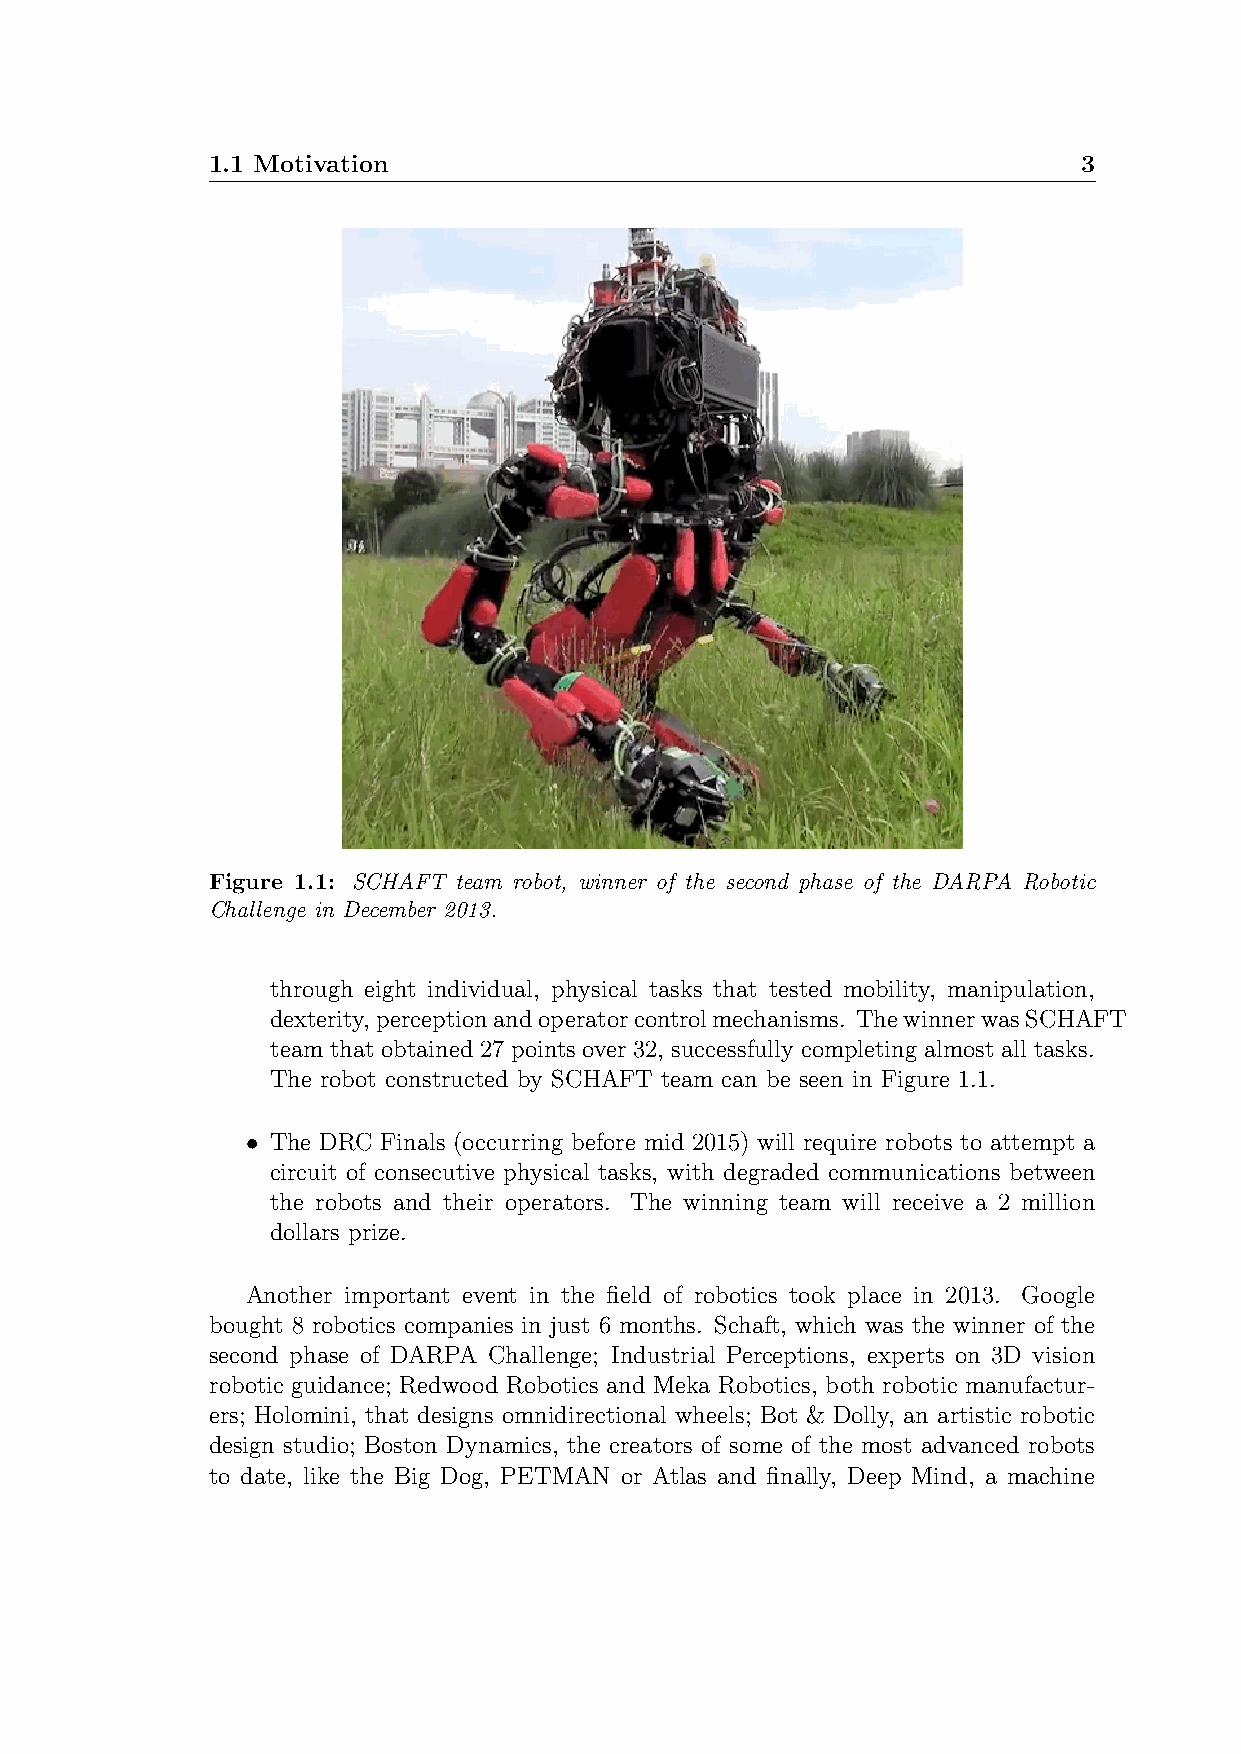
1.1 Motivation                                            3
 Figure 1.1: SCHAFT team robot, winner of the second phase of the DARPA Robotic
 Challenge in December 2013.
 through eight individual, physical tasks that tested mobility, manipulation,
 dexterity,perceptionandoperatorcontrolmechanisms. ThewinnerwasSCHAFT
 team that obtained 27 points over 32, successfully completing almost all tasks.
 The robot constructed by SCHAFT team can be seen in Figure 1.1.
 • The DRC Finals (occurring before mid 2015) will require robots to attempt a
 circuit of consecutive physical tasks, with degraded communications between
 the robots and their operators. The winning team will receive a 2 million
 dollars prize.
 Another important event in the field of robotics took place in 2013. Google
 bought 8 robotics companies in just 6 months. Schaft, which was the winner of the
 second phase of DARPA Challenge; Industrial Perceptions, experts on 3D vision
 robotic guidance; Redwood Robotics and Meka Robotics, both robotic manufactur-
 ers; Holomini, that designs omnidirectional wheels; Bot & Dolly, an artistic robotic
 design studio; Boston Dynamics, the creators of some of the most advanced robots
 to date, like the Big Dog, PETMAN or Atlas and finally, Deep Mind, a machine